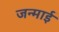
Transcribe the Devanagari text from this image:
जन्माई